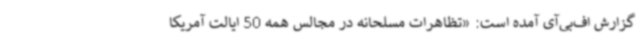
گزارش اف‌بی‌آی آمده است: «تظاهرات مسلحانه در مجالس همه 50 ایالت آمریکا